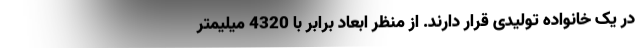
در یک خانواده تولیدی قرار دارند. از منظر ابعاد برابر با 4320 میلیمتر